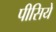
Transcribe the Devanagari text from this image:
पीसिये